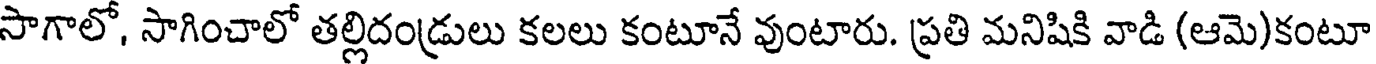
సాగాలో, సాగించాలో తల్లిదండ్రులు కలలు కంటూనే వుంటారు. ప్రతి మనిషికి వాడి (ఆమె)కంటూ